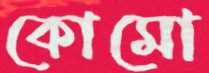
কোমো